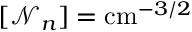
[ \mathcal { N } _ { n } ] = \mathrm { c m } ^ { - 3 / 2 }